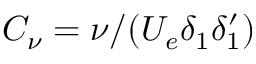
C _ { \nu } = \nu / ( U _ { e } \delta _ { 1 } \delta _ { 1 } ^ { \prime } )